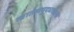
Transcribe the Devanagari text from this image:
स्वातंत्र्ययुद्धातल्या